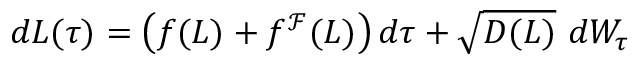
\begin{array} { r } { d L ( \tau ) = \left( f ( L ) + f ^ { \mathcal { F } } ( L ) \right) d \tau + \sqrt { D ( L ) } \ d W _ { \tau } } \end{array}